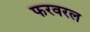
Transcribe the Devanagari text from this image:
फरवरल